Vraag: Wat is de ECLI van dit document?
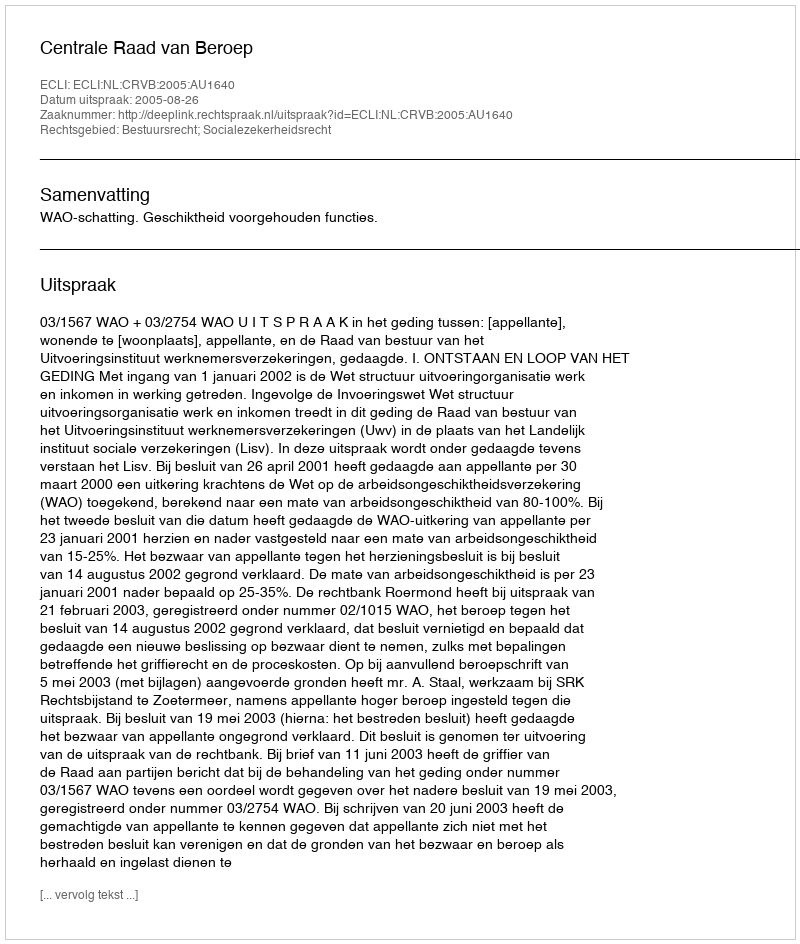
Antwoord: ECLI:NL:CRVB:2005:AU1640